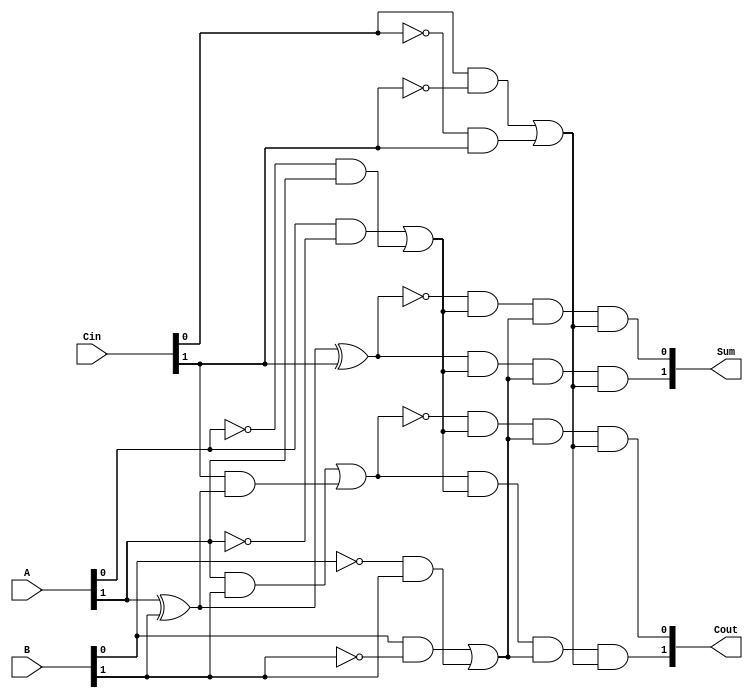
module DualRailFullAdder (
    input  wire [1:0] A,     // Dual-rail representation of A
    input  wire [1:0] B,     // Dual-rail representation of B
    input  wire [1:0] Cin,    // Dual-rail representation of carry-in
    output wire [1:0] Sum,    // Dual-rail representation of Sum
    output wire [1:0] Cout    // Dual-rail representation of Carry-out
);

    // Validity checking
    wire valid_A = (A[0] & ~A[1]) | (~A[0] & A[1]);
    wire valid_B = (B[0] & ~B[1]) | (~B[0] & B[1]);
    wire valid_Cin = (Cin[0] & ~Cin[1]) | (~Cin[0] & Cin[1]);

    // Sum calculation
    wire A_val = A[1];          // A = 1 when A[1] is high
    wire B_val = B[1];          // B = 1 when B[1] is high
    wire Cin_val = Cin[1];      // Cin = 1 when Cin[1] is high

    wire S = A_val ^ B_val ^ Cin_val; // Sum
    wire C1 = A_val & B_val;          // A AND B
    wire C2 = Cin_val & (A_val ^ B_val); // Cin AND (A XOR B)
    
    // Carry-out calculation
    wire Cout_val = C1 | C2;

    // Assign dual-rail outputs based on the computed values
    assign Sum[0] = ~S & valid_A & valid_B & valid_Cin;  // Sum = 0
    assign Sum[1] = S & valid_A & valid_B & valid_Cin;   // Sum = 1
    assign Cout[0] = ~Cout_val & valid_A & valid_B & valid_Cin; // Cout = 0
    assign Cout[1] = Cout_val & valid_A & valid_B & valid_Cin;   // Cout = 1

endmodule